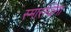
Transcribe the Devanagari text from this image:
स्मारग्डिना